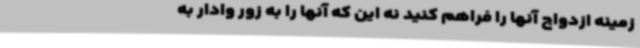
زمینه ازدواج آنها را فراهم کنید نه این که آنها را به زور وادار به